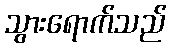
သွားရောက်သည်